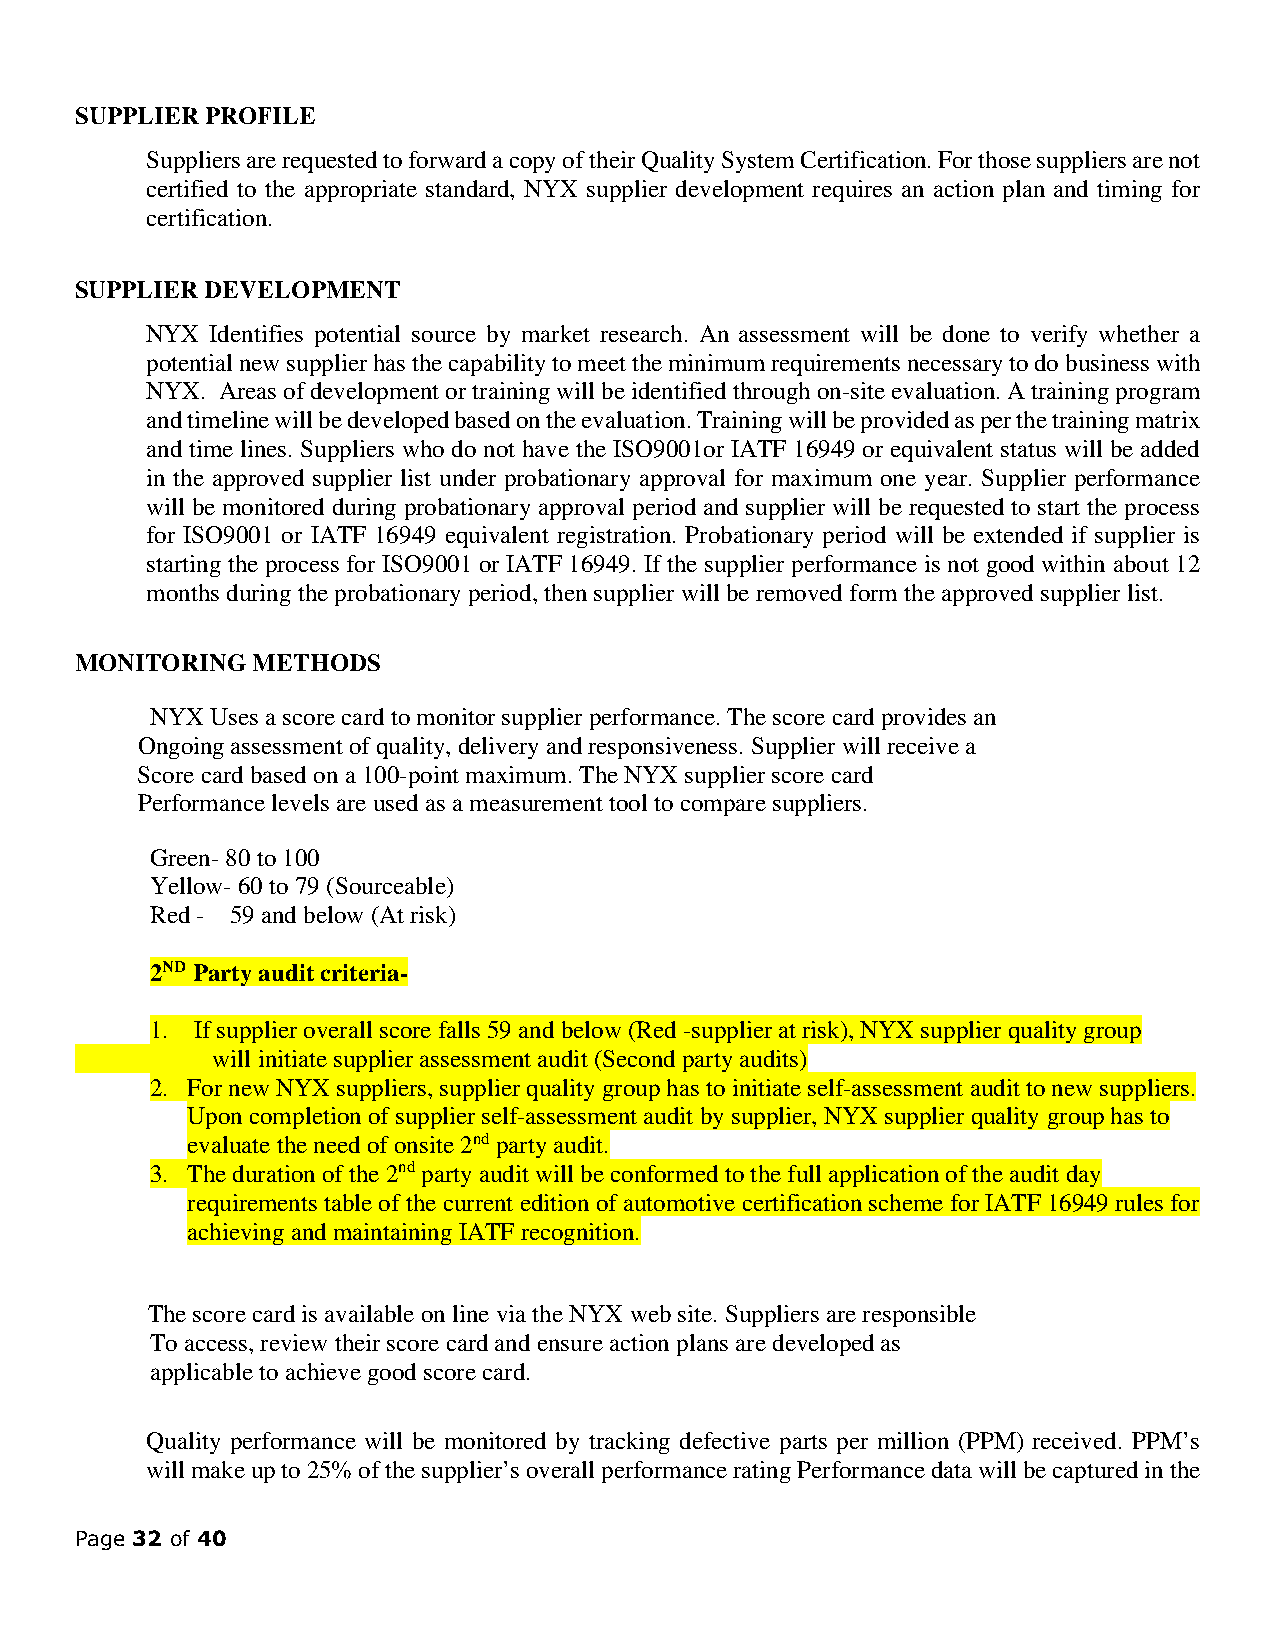
SUPPLIER PROFILE
 Suppliers are requested to forward a copy of their Quality System Certification. For those suppliers are not
 certified to the appropriate standard, NYX supplier development requires an action plan and timing for
 certification.
 SUPPLIER DEVELOPMENT
 NYX Identifies potential source by market research. An assessment will be done to verify whether a
 potential new supplier has the capability to meet the minimum requirements necessary to do business with
 NYX. Areas of development or training will be identified through on-site evaluation. A training program
 and timeline will be developed based on the evaluation. Training will be provided as per the training matrix
 and time lines. Suppliers who do not have the ISO9001or IATF 16949 or equivalent status will be added
 in the approved supplier list under probationary approval for maximum one year. Supplier performance
 will be monitored during probationary approval period and supplier will be requested to start the process
 for ISO9001 or IATF 16949 equivalent registration. Probationary period will be extended if supplier is
 starting the process for ISO9001 or IATF 16949. If the supplier performance is not good within about 12
 months during the probationary period, then supplier will be removed form the approved supplier list.
 MONITORING  METHODS
 NYX Uses a score card to monitor supplier performance. The score card provides an
 Ongoing assessment of quality, delivery and responsiveness. Supplier will receive a
 Score card based on a 100-point maximum. The NYX supplier score card
 Performance levels are used as a measurement tool to compare suppliers.
 Green- 80 to 100
 Yellow- 60 to 79 (Sourceable)
 Red - 59 and below (At risk)
 2ND Party audit criteria-
 1. If supplier overall score falls 59 and below (Red -supplier at risk), NYX supplier quality group
 will initiate supplier assessment audit (Second party audits)
 2. For new NYX suppliers, supplier quality group has to initiate self-assessment audit to new suppliers.
 Upon completion of supplier self-assessment audit by supplier, NYX supplier quality group has to
 evaluate the need of onsite 2nd party audit.
 3. The duration of the 2nd party audit will be conformed to the full application of the audit day
 requirements table of the current edition of automotive certification scheme for IATF 16949 rules for
 achieving and maintaining IATF recognition.
 The score card is available on line via the NYX web site. Suppliers are responsible
 To access, review their score card and ensure action plans are developed as
 applicable to achieve good score card.
 Quality performance will be monitored by tracking defective parts per million (PPM) received. PPM’s
 will make up to 25% of the supplier’s overall performance rating Performance data will be captured in the
 Page 32 of 40